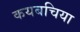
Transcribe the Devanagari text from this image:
कयबचिया